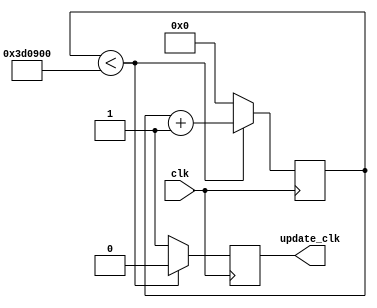
`timescale 1ns / 1ps
//Divides internal 100 MHz clock to 25 Hz for the snake movement
module SNAKECLOCK(
input wire clk,
output reg update_clk
);
 

    reg [21:0] check;
    
    always @ (posedge clk) begin
        if(check < 4000000) begin
            check <= check + 1;
            update_clk <= 0;
        end
        else begin 
            check <= 0;
            update_clk <= 1;
        end
    end
            
endmodule